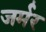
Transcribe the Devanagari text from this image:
जर्मर